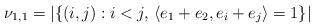
LaTeX: \begin{gather*} \nu_{1,1}=|\{(i,j): i<j,\,\langle e_1+e_2,e_i+e_j\rangle=1\}| \end{gather*}